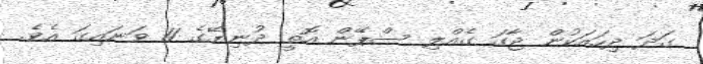
ގަދަ ދިހައަކުން ޖާގަ ގެއްލި ސްޕޭން އޮތީ ދުނިޔޭގެ 11 ވަނައިގަ އެވެ.